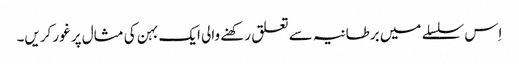
‏ اِس سلسلے میں برطانیہ سے تعلق رکھنے والی ایک بہن کی مثال پر غور کریں۔